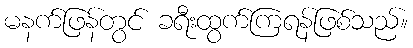
မနက်ဖြန်တွင် ခရီးထွက်ကြရန်ဖြစ်သည်။